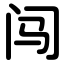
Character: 闯